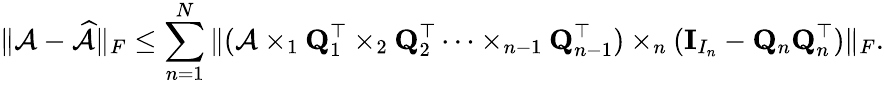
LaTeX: \| \mathcal{A}-\widehat{\mathcal{A}}\| _{F}\leq\sum_{n=1}^{N}\| (\mathcal{A}\times_{1}{\mathbf Q}_{1}^{\top}\times_{2}\mathbf{Q}_{2}^{\top}\dots\times_{n-1}\mathbf{Q}_{n-1}^{\top})\times_{n}(\mathbf{I}_{I_{n}}-{\mathbf Q}_{n}{\mathbf Q}_{n}^{\top})\| _{F}.